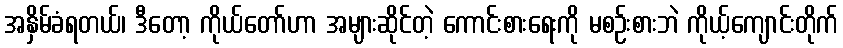
အနှိမ်ခံရတယ်၊ ဒီတော့ ကိုယ်တော်ဟာ အများဆိုင်တဲ့ ကောင်းစားရေးကို မစဉ်းစားဘဲ ကိုယ့်ကျောင်းတိုက်